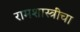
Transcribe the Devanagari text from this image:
रामशास्त्रींचा